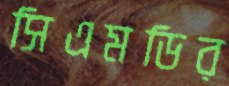
সিএমডির